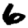
Digit: 6